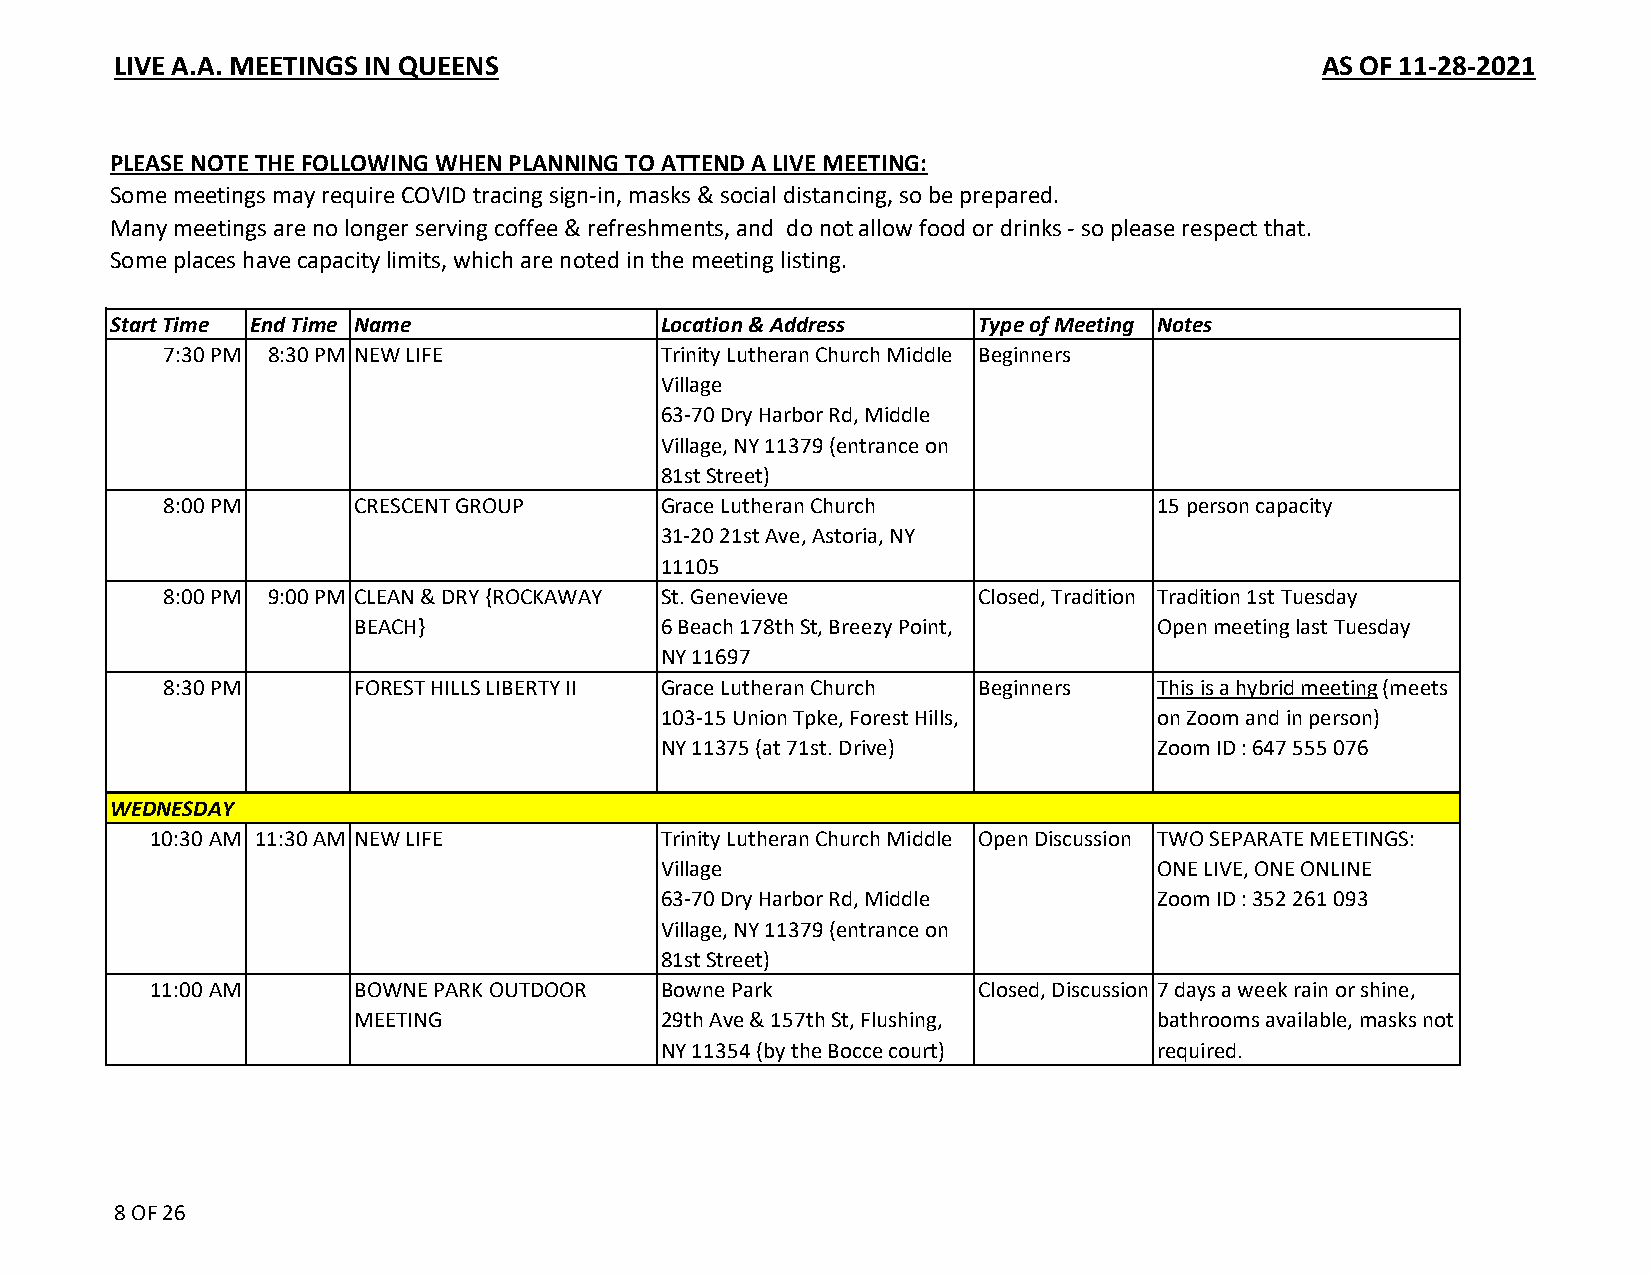
LIVE A.A. MEETINGS IN QUEENS                                                    AS OF 11-28-2021
 PLEASE NOTE THE FOLLOWING WHEN PLANNING TO ATTEND A LIVE MEETING:
 Some meetings may require COVID tracing sign-in, masks & social distancing, so be prepared.
 Many meetings are no longer serving coffee & refreshments, and do not allow food or drinks - so please respect that.
 Some places have capacity limits, which are noted in the meeting listing.
 Start Time End Time Name            Location & Address   Type of Meeting Notes
 7:30 PM 8:30 PM NEW LIFE         Trinity Lutheran Church Middle Beginners
 Village
 63-70 Dry Harbor Rd, Middle
 Village, NY 11379 (entrance on
 81st Street)
 8:00 PM      CRESCENT GROUP      Grace Lutheran Church            15 person capacity
 31-20 21st Ave, Astoria, NY
 11105
 8:00 PM 9:00 PM CLEAN & DRY {ROCKAWAY St. Genevieve   Closed, Tradition Tradition 1st Tuesday
 BEACH}              6 Beach 178th St, Breezy Point,  Open meeting last Tuesday
 NY 11697
 8:30 PM      FOREST HILLS LIBERTY II Grace Lutheran Church Beginners This is a hybrid meeting (meets
 103-15 Union Tpke, Forest Hills, on Zoom and in person)
 NY 11375 (at 71st. Drive)        Zoom ID : 647 555 076
 WEDNESDAY
 10:30 AM 11:30 AM NEW LIFE       Trinity Lutheran Church Middle Open Discussion TWO SEPARATE MEETINGS:
 Village                          ONE LIVE, ONE ONLINE
 63-70 Dry Harbor Rd, Middle      Zoom ID : 352 261 093
 Village, NY 11379 (entrance on
 81st Street)
 11:00 AM     BOWNE PARK OUTDOOR  Bowne Park           Closed, Discussion 7 days a week rain or shine,
 MEETING             29th Ave & 157th St, Flushing,   bathrooms available, masks not
 NY 11354 (by the Bocce court)    required.
 8 OF 26